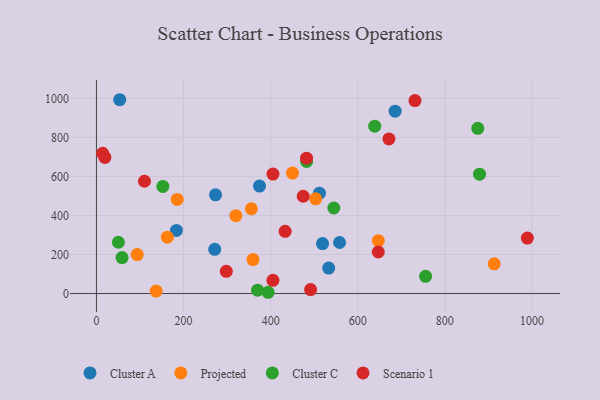
{"axis": {"x": "Distance", "y": "Sales"}, "legend": ["Cluster A", "Cluster C", "Projected", "Scenario 1"], "data": [{"x": "273.5", "y": 505.5, "type": "Cluster A"}, {"x": "512.1", "y": 514.1, "type": "Cluster A"}, {"x": "533.3", "y": 130.5, "type": "Cluster A"}, {"x": "53.4", "y": 992.9, "type": "Cluster A"}, {"x": "183.7", "y": 323.4, "type": "Cluster A"}, {"x": "374.5", "y": 550.4, "type": "Cluster A"}, {"x": "685.9", "y": 934.4, "type": "Cluster A"}, {"x": "271.6", "y": 226.2, "type": "Cluster A"}, {"x": "519.2", "y": 256.1, "type": "Cluster A"}, {"x": "558.3", "y": 261.5, "type": "Cluster A"}, {"x": "913.5", "y": 152.0, "type": "Projected"}, {"x": "647.3", "y": 271.0, "type": "Projected"}, {"x": "359.5", "y": 174.0, "type": "Projected"}, {"x": "450.1", "y": 616.9, "type": "Projected"}, {"x": "320.2", "y": 398.7, "type": "Projected"}, {"x": "185.5", "y": 482.3, "type": "Projected"}, {"x": "137.2", "y": 12.5, "type": "Projected"}, {"x": "503.4", "y": 485.4, "type": "Projected"}, {"x": "162.8", "y": 288.5, "type": "Projected"}, {"x": "355.7", "y": 434.2, "type": "Projected"}, {"x": "93.7", "y": 199.3, "type": "Projected"}, {"x": "879.8", "y": 611.3, "type": "Cluster C"}, {"x": "152.5", "y": 548.8, "type": "Cluster C"}, {"x": "50.4", "y": 262.7, "type": "Cluster C"}, {"x": "482.6", "y": 676.3, "type": "Cluster C"}, {"x": "394.2", "y": 6.4, "type": "Cluster C"}, {"x": "58.8", "y": 184.0, "type": "Cluster C"}, {"x": "639.0", "y": 857.6, "type": "Cluster C"}, {"x": "755.9", "y": 88.1, "type": "Cluster C"}, {"x": "545.1", "y": 438.2, "type": "Cluster C"}, {"x": "875.7", "y": 846.2, "type": "Cluster C"}, {"x": "370.0", "y": 17.0, "type": "Cluster C"}, {"x": "647.2", "y": 212.7, "type": "Scenario 1"}, {"x": "671.7", "y": 792.3, "type": "Scenario 1"}, {"x": "405.3", "y": 67.4, "type": "Scenario 1"}, {"x": "14.2", "y": 718.7, "type": "Scenario 1"}, {"x": "491.8", "y": 20.3, "type": "Scenario 1"}, {"x": "110.3", "y": 575.1, "type": "Scenario 1"}, {"x": "989.6", "y": 284.0, "type": "Scenario 1"}, {"x": "433.3", "y": 318.7, "type": "Scenario 1"}, {"x": "482.5", "y": 693.5, "type": "Scenario 1"}, {"x": "474.8", "y": 498.3, "type": "Scenario 1"}, {"x": "298.2", "y": 113.7, "type": "Scenario 1"}, {"x": "405.4", "y": 612.1, "type": "Scenario 1"}, {"x": "731.5", "y": 988.8, "type": "Scenario 1"}, {"x": "19.3", "y": 697.5, "type": "Scenario 1"}]}